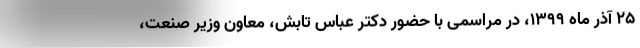
۲۵ آذر ماه ۱۳۹۹، در مراسمی با حضور دکتر عباس تابش، معاون وزیر صنعت،